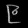
Digit: ၉